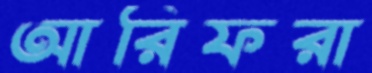
আরিফরা